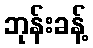
ဘုန်းခန့်